Bombay plague: being a history of the progress of plague in the Bombay presidency from September 1896 to June 1899
Year: 1896
Disease focus: Plague
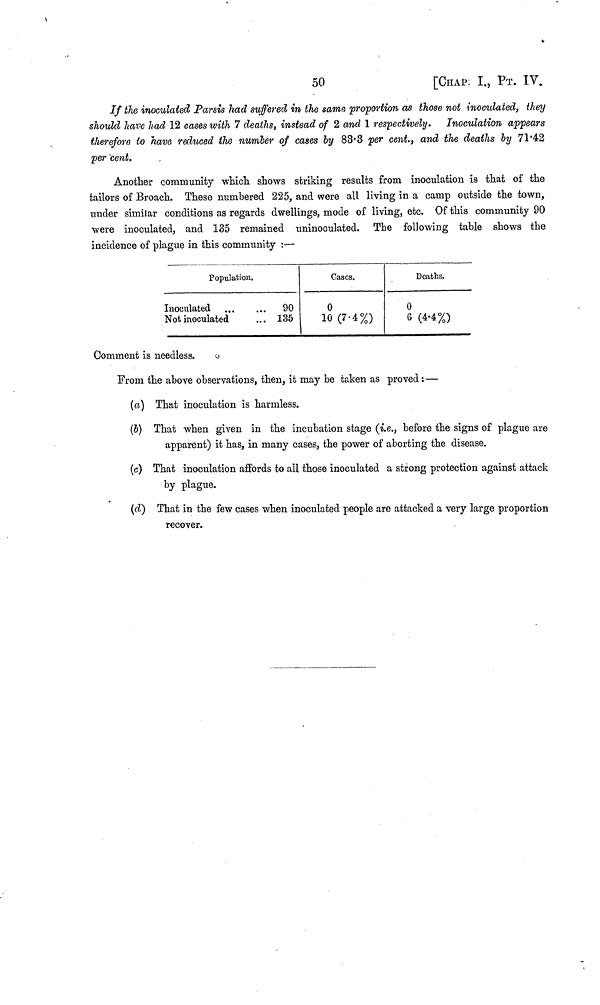
50
[CHAP
I., ΡT. IV.
If the inoculated Parsis had suffered in the same proportion as those not inoculated, they
should have had 12 cases with 7 deaths, instead of 2 and 1 respectively.
Inoculation appears
therefore to have reduced the number of cases by 83.3 per cent., and the deaths by 71.42
per cent.
Another community which shows striking results from inoculation is that of the
tailors of Broach. These numbered 225, and were all living in a camp outside the town,
under similar conditions as regards dwellings, mode of living, etc. Of this community 90
were inoculated, and 135 remained uninoculated. The following table shows the
incidence of plague in this community :—
Population.
Inoculated
90
Not inoculated
... 135
Oases.
0
10(7.4%)
Deaths.
0
6 (4.4%)
Comment is needless.
From the above observations, then, it may be taken as proved : —
(a) That inoculation is harmless.
(b) That when given in the incubation stage (i.e., before the signs of plague are
apparent) it has, in many cases, the power of aborting the disease.
(c) That inoculation affords to all those inoculated a strong protection against attack
by plague.
(d) That in the few cases when inoculated people are attacked a very large proportion
recover.